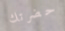
حضرتك